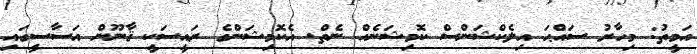
އަމީތު: މިހާރު ސައްޙަ އިލެކްޝަންސް ކޮމިޝަނެއް ނެތް. އެކޮމިޝަންގެ ރައީސަކީ ޤާނޫން އަސާސީގައި